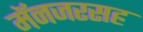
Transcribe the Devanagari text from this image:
मॅनजरसह